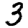
Digit: 3